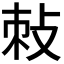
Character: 𭣯